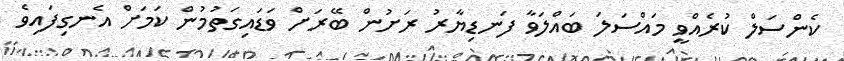
ކެންސަލް ކުރެއްވީ މައްސަލަ ބައްލަވާ ފަނޑިޔާރު ރަށުން ބޭރަށް ވަޑައިގަތުމުން ކަމަށް އެނގިފައިވެ